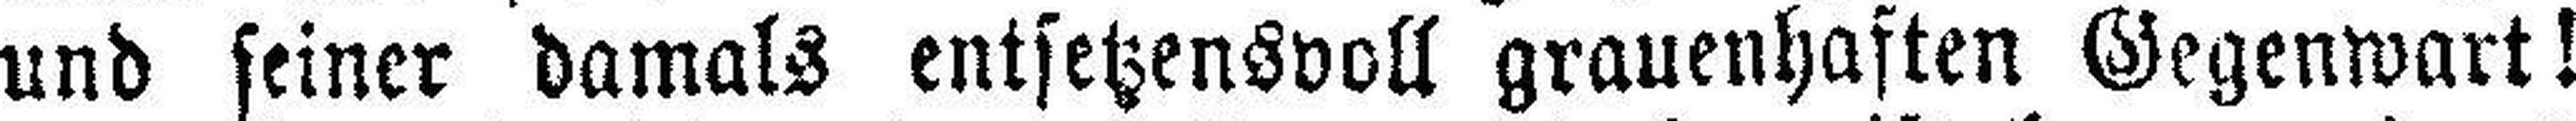
und seiner damals entsetzensvoll grauenhaften Gegenwart!